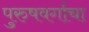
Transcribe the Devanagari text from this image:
पुरुषवर्गाचा